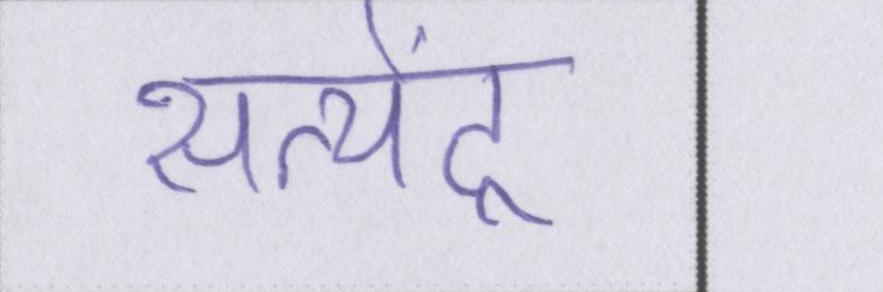
सत्येंद्र